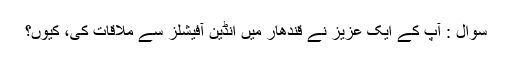
سوال : آپ کے ایک عزیز نے قندھار میں انڈین آفیشلز سے ملاقات کی، کیوں؟